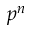
p ^ { n }